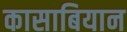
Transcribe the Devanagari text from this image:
कासाबियान